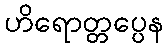
ဟိရောတ္တပ္ပေန